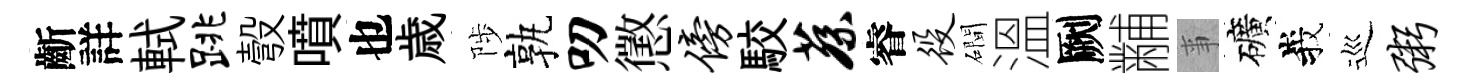
齗詳軾跳彀噴也歳陟孰叨懲傍駮蔡睿役磵溫劂黼亊礦峩巡粥